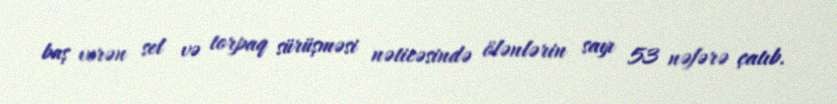
baş verən sel və torpaq sürüşməsi nəticəsində ölənlərin sayı 53 nəfərə çatıb.